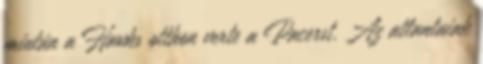
miután a Hawks otthon verte a Pacerst. Az atlantaiak